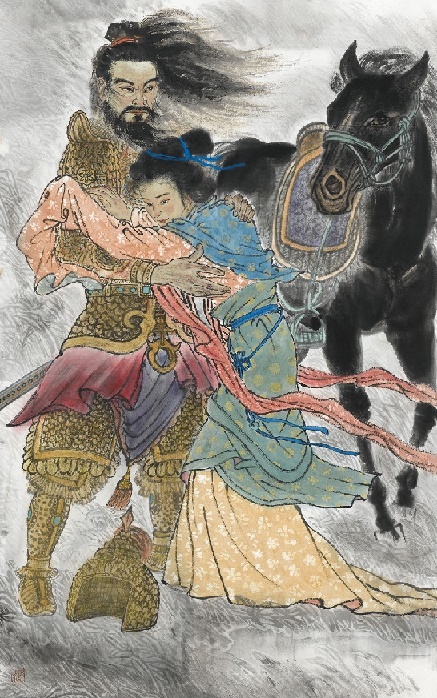
力拔山兮气盖世。时不利兮骓不逝。